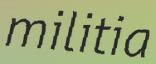
militia